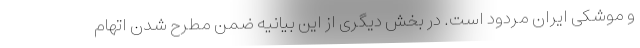
و موشکی ایران مردود است. در بخش دیگری از این بیانیه ضمن مطرح شدن اتهام